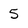
Character: 5